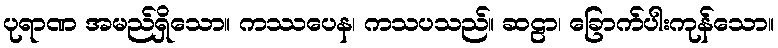
ပုရာဏ အမည်ရှိသော။ ကဿပေန၊ ကသပသည်။ ဆဠာ၊ ခြောက်ပါးကုန်သော။